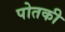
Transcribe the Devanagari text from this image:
पोतकी